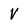
Character: V